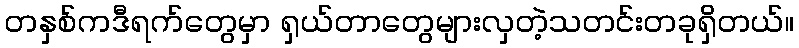
တနှစ်ကဒီရက်တွေမှာ ရှယ်တာတွေများလှတဲ့သတင်းတခုရှိတယ်။